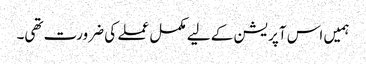
ہمیں اس آپریشن کے لیے مکمل عملے کی ضرورت تھی۔